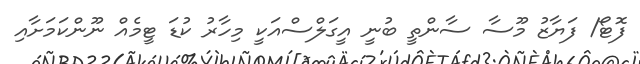
ފޮޓޯ/ ފަޔާޒު މޫސާ ސާންތީ ބުނީ އީގަލްސްއަކީ މިހާރު ކުޑަ ޓީމެއް ނޫންކަމަށާއި